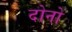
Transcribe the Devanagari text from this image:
दोनों